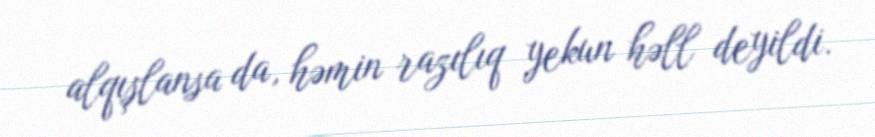
alqışlansa da, həmin razılıq yekun həll deyildi.